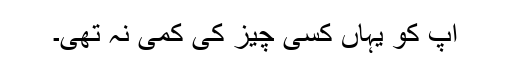
آپ کو یہاں کسی چیز کی کمی نہ تھی۔